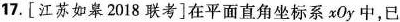
17. [江苏如皋2018联考]在平面直角坐标系xOy中，已